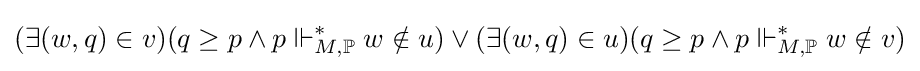
(\exists (w,q)\in v)(q\geq p\wedge p\Vdash _{M,\mathbb {P} }^{*}w\notin u)\vee (\exists (w,q)\in u)(q\geq p\wedge p\Vdash _{M,\mathbb {P} }^{*}w\notin v)